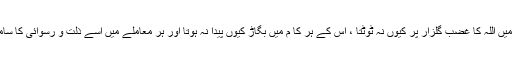
اس صورتِ حال میں اللہ کا غضب گلزار پر کیوں نہ ٹوٹتا ، اس کے ہر کا م میں بگاڑ کیوں پیدا نہ ہوتا اور ہر معاملے میں اسے ذِلت و رسوائی کا سامنا نہ کر نا پڑتا ؟